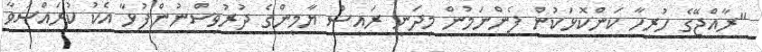
"ރާއްޖޭގެ ހުރިހާ ކަންކޮޅަކުން ފެންނަމުން މިދަނީ ރައީސް ޔާމީންގެ ދުރުވިސްނުންފުޅާ އެކު ކުރައްސަވާ